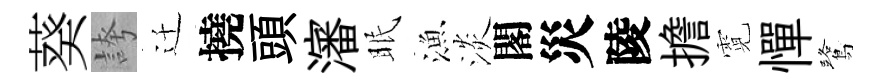
葵誇迁撓頭瀋眠漁淡閣災陵擔霓憚鷺